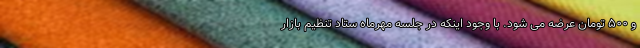
و ۵۰۰ تومان عرضه می شود. با وجود اینکه در جلسه مهرماه ستاد تنظیم بازار